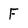
Character: F